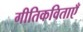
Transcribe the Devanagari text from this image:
गीतिकविताएँ